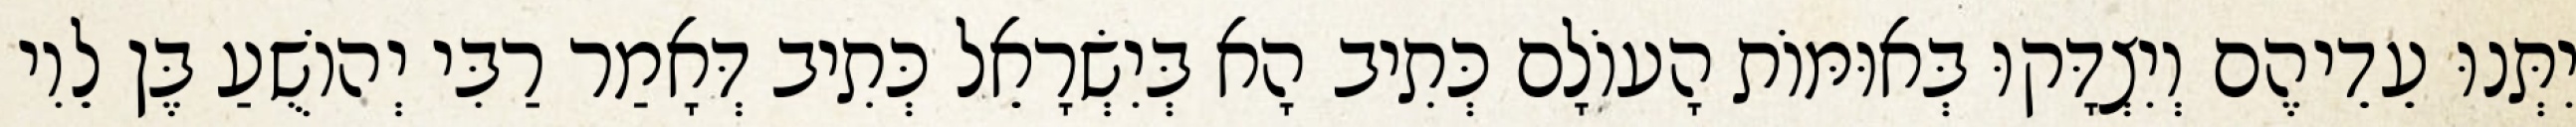
יִתְּנוּ עֵדֵיהֶם וְיִצְדָּקוּ בְּאוּמּוֹת הָעוֹלָם כְּתִיב הָא בְּיִשְׂרָאֵל כְּתִיב דְּאָמַר רַבִּי יְהוֹשֻׁעַ בֶּן לֵוִי